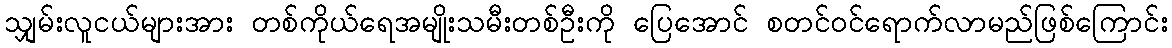
သျှမ်းလူငယ်များအား တစ်ကိုယ်ရေအမျိုးသမီးတစ်ဦးကို ပြေအောင် စတင်ဝင်ရောက်လာမည်ဖြစ်ကြောင်း